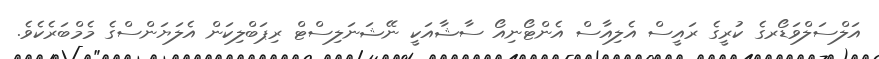
އަލްސަލްވަޑޯރގެ ކުރީގެ ރައީސް އެލިއާސް އެންޓޯނިއޯ ސާޝާއަކީ ނޭޝަނަލިސްޓް ރިޕަބްލިކަން އެލަޔަންސްގެ މެމްބަރެކެވެ.